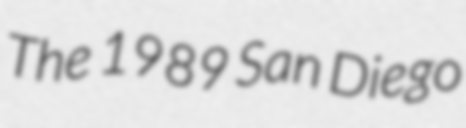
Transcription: The 1989 San Diego